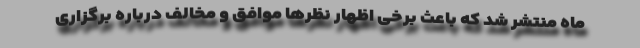
ماه منتشر شد که باعث برخی اظهار نظرها موافق و مخالف درباره برگزاری